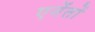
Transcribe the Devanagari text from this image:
एगेंतों